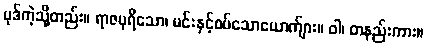
ပုဒ်ကဲ့သို့တည်း။ ရာဇပုရိသော၊ မင်းနှင့်စပ်သောယောက်ျား။ ဝါ၊ တနည်းကား။